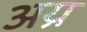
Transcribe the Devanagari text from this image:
अय्र